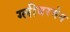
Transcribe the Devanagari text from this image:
ग्लीबरमेन